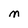
Character: M